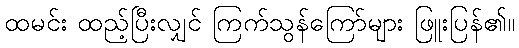
ထမင်း ထည့်ပြီးလျှင် ကြက်သွန်ကြော်များ ဖြူးပြန်၏။